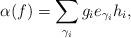
LaTeX: \begin{align*}\alpha(f) = \sum_{\gamma_{i}} g_{i}e_{\gamma_{i}}h_{i},\end{align*}